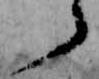
ら